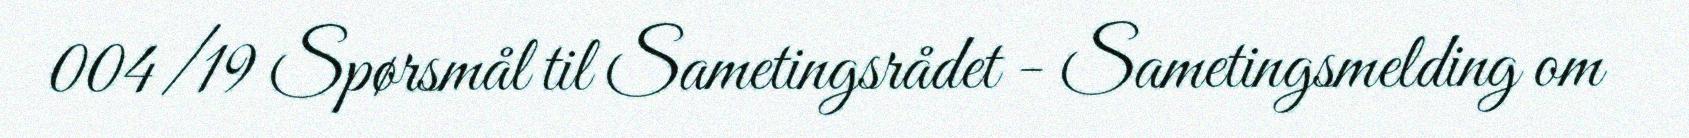
004/19 Spørsmål til Sametingsrådet - Sametingsmelding om